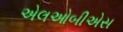
એલઓબીએસ